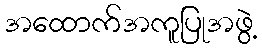
အထောက်အကူပြုအဖွဲ့